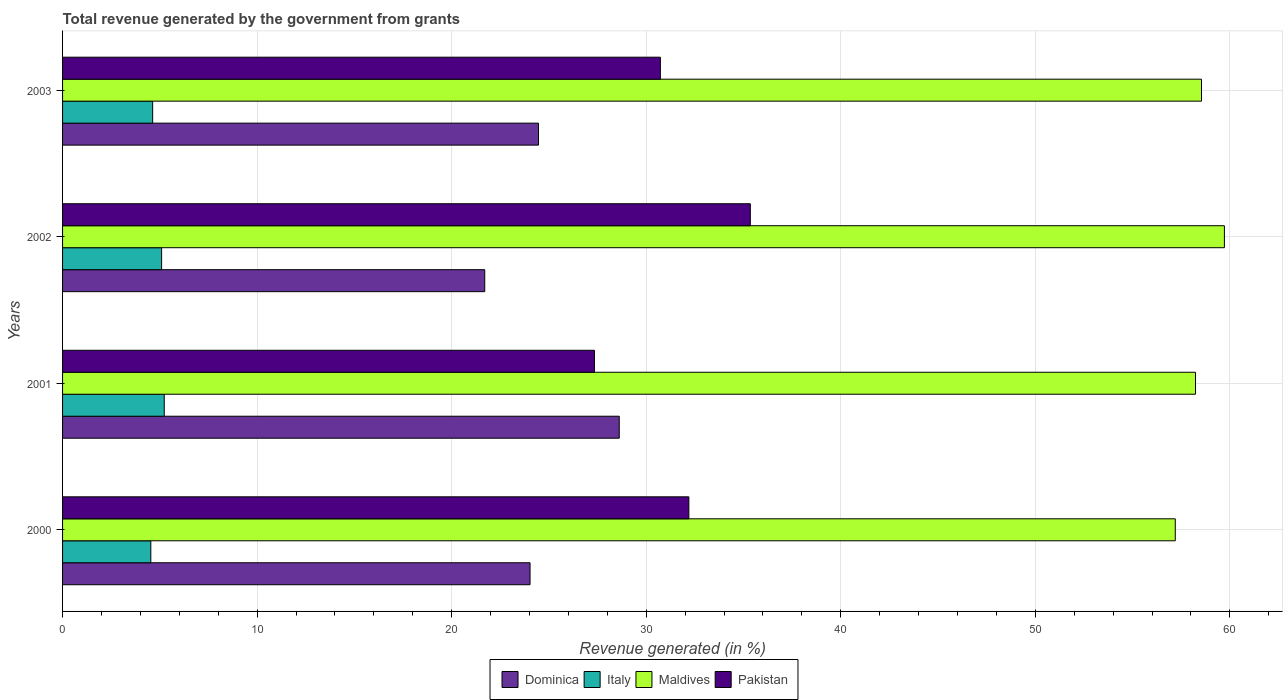
| Years | Dominica | Italy | Maldives | Pakistan |
 | --- | --- | --- | --- | --- |
 | 2000 | 24 | 4.54 | 57.2 | 32.2 |
 | 2001 | 28.6 | 5.23 | 58.2 | 27.3 |
 | 2002 | 21.7 | 5.09 | 59.7 | 35.4 |
 | 2003 | 24.5 | 4.63 | 58.5 | 30.7 |